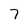
Character: 7